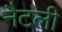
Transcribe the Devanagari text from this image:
नैटली